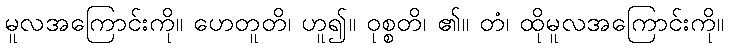
မူလအကြောင်းကို။ ဟေတူတိ၊ ဟူ၍။ ဝုစ္စတိ၊ ၏။ တံ၊ ထိုမူလအကြောင်းကို။